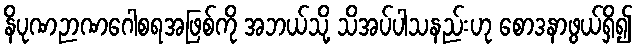
နိပုဏဉာဏဂေါစရအဖြစ်ကို အဘယ်သို့ သိအပ်ပါသနည်းဟု စောဒနာဖွယ်ရှိ၍